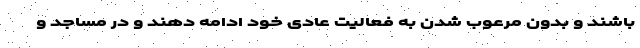
باشند و بدون مرعوب شدن به فعالیت عادی خود ادامه دهند و در مساجد و